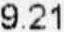
9.21